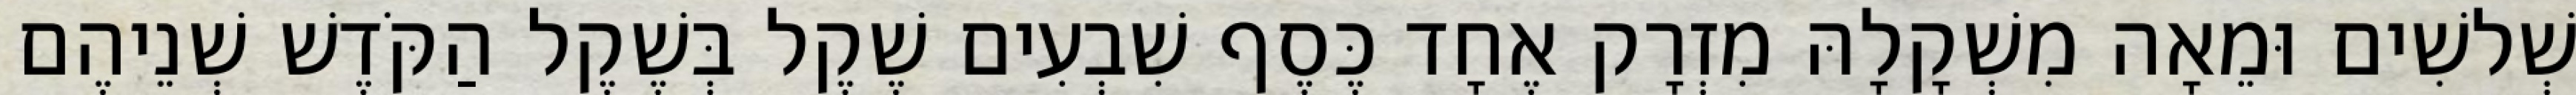
שְׁלשִׁים וּמֵאָה מִשְׁקָלָהּ מִזְרָק אֶחָד כֶּסֶף שִׁבְעִים שֶׁקֶל בְּשֶׁקֶל הַקֹּדֶשׁ שְׁנֵיהֶם